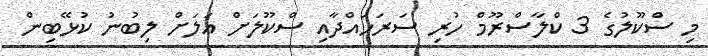
މި ސްކޫލުގެ 3 ކްލާސްރޫމް ހުރި ސަރަހައްދާއި ސްކޫލަށް އަލަށް ލިބުނު ކުޅޭބިން